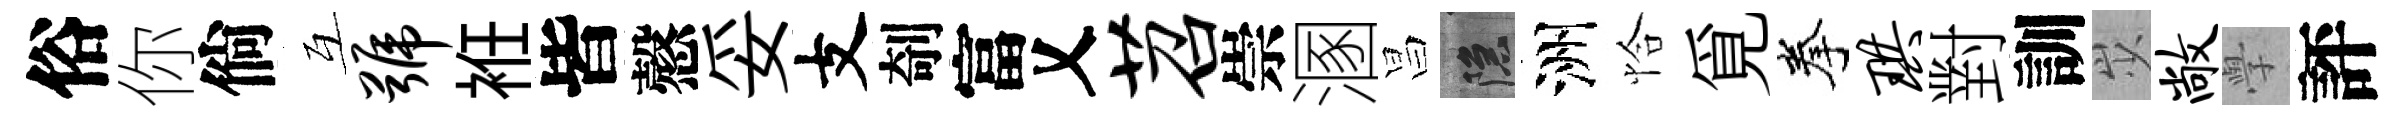
俗你倘互号袵皆慤妥支剞富乂苕崇溷昌隱洲恰覓拳珙對訓𡵯敞𭓕評